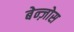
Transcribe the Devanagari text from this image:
बेन्ज़ोस